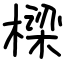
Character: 樑